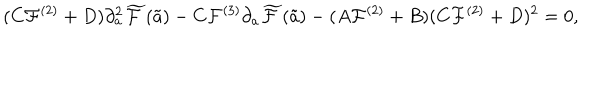
( C { \cal F } ^ { ( 2 ) } + D ) \partial _ { a } ^ { 2 } \widetilde { \cal F } ( \tilde { a } ) - C { \cal F } ^ { ( 3 ) } \partial _ { a } \widetilde { \cal F } ( \tilde { a } ) - ( A { \cal F } ^ { ( 2 ) } + B ) ( C { \cal F } ^ { ( 2 ) } + D ) ^ { 2 } = 0 ,